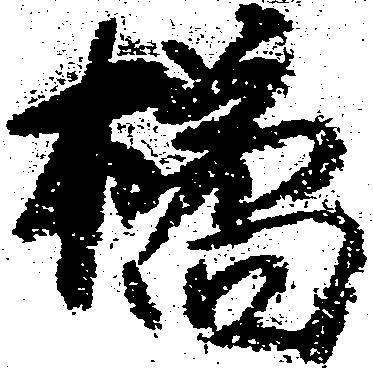
橘